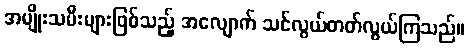
အမျိုးသမီးများဖြစ်သည့် အလျောက် သင်လွယ်တတ်လွယ်ကြသည်။